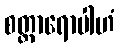
စတ္တာရောပါဟံ